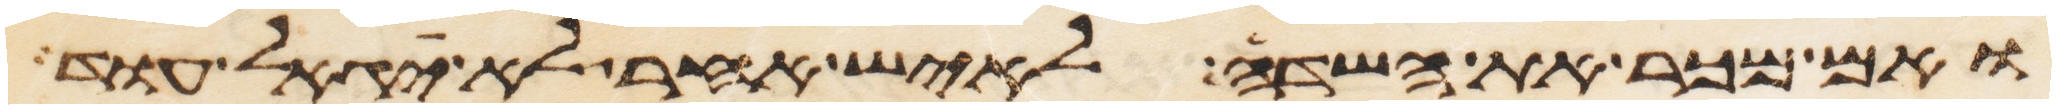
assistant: ואם מכר את השדה לאיש אחר לא יגאל עוד